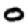
Digit: 0